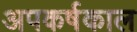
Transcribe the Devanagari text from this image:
अपकर्षकाल